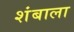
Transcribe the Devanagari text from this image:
शंबाला